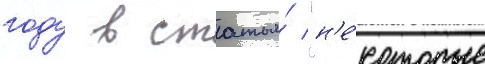
году в статья́ "н'е́которые